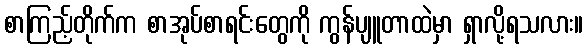
စာကြည့်တိုက်က စာအုပ်စာရင်းတွေကို ကွန်ပျူတာထဲမှာ ရှာလို့ရသလား။